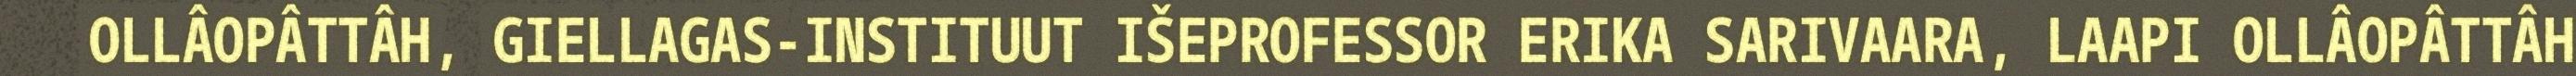
OLLÂOPÂTTÂH, GIELLAGAS-INSTITUUT IŠEPROFESSOR ERIKA SARIVAARA, LAAPI OLLÂOPÂTTÂH